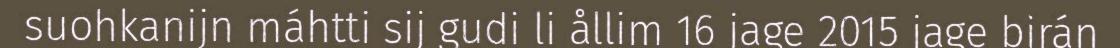
suohkanijn máhtti sij gudi li ållim 16 jage 2015 jage birán